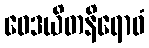
ဝေဒယိတနိရောဓံ